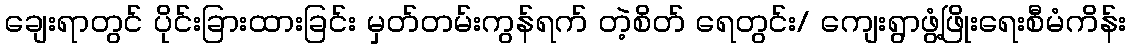
ချေးရာတွင် ပိုင်းခြားထားခြင်း မှတ်တမ်းကွန်ရက် တဲ့စိတ် ရေတွင်း/ ကျေးရွာဖွံ့ဖြိုးရေးစီမံကိန်း